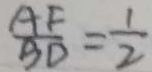
\frac { A F } { B D } = \frac { 1 } { 2 }